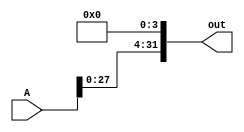
module leftshift_4(A, out);
    input [31:0] A;
    output [31:0] out;

    assign out[31:4] = A[27:0];
    assign out[0] = 1'b0;        
    assign out[1] = 1'b0;
    assign out[2] = 1'b0;
    assign out[3] = 1'b0;

endmodule